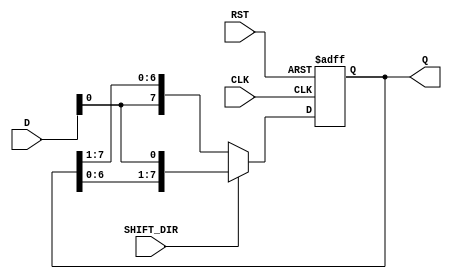
module shift_register #(
    parameter N = 8  // Width of the shift register (number of bits)
) (
    input wire [N-1:0] D,         // Data input
    input wire CLK,                // Clock signal
    input wire RST,                // Reset signal
    input wire SHIFT_DIR,          // Shift direction (0 for left shift, 1 for right shift)
    output reg [N-1:0] Q           // Data output
);

    always @(posedge CLK or posedge RST) begin
        if (RST) begin
            Q <= {N{1'b0}};          // Reset the register to 0
        end else begin
            if (SHIFT_DIR == 1'b0) begin
                // Left shift
                Q <= {D[N-1:0], Q[N-1:1]};
            end else begin
                // Right shift
                Q <= {Q[N-2:0], D[0]};
            end
        end
    end

endmodule